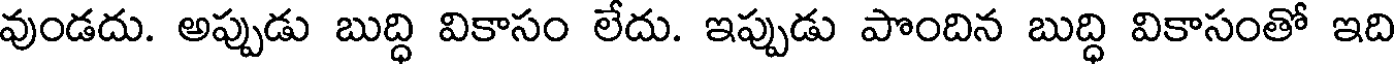
వుండదు. అప్పుడు బుద్ధి వికాసం లేదు. ఇప్పుడు పొందిన బుద్ధి వికాసంతో ఇది